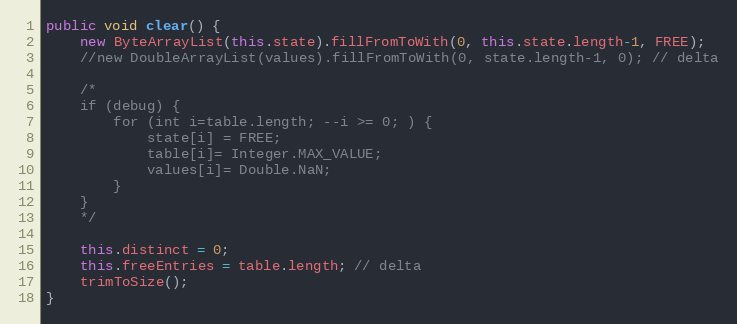
Language: Java
public void clear() {
	new ByteArrayList(this.state).fillFromToWith(0, this.state.length-1, FREE);
	//new DoubleArrayList(values).fillFromToWith(0, state.length-1, 0); // delta

	/*
	if (debug) {
		for (int i=table.length; --i >= 0; ) {
		    state[i] = FREE;
		    table[i]= Integer.MAX_VALUE;
		    values[i]= Double.NaN;
		}
	}
	*/

	this.distinct = 0;
	this.freeEntries = table.length; // delta
	trimToSize();
}